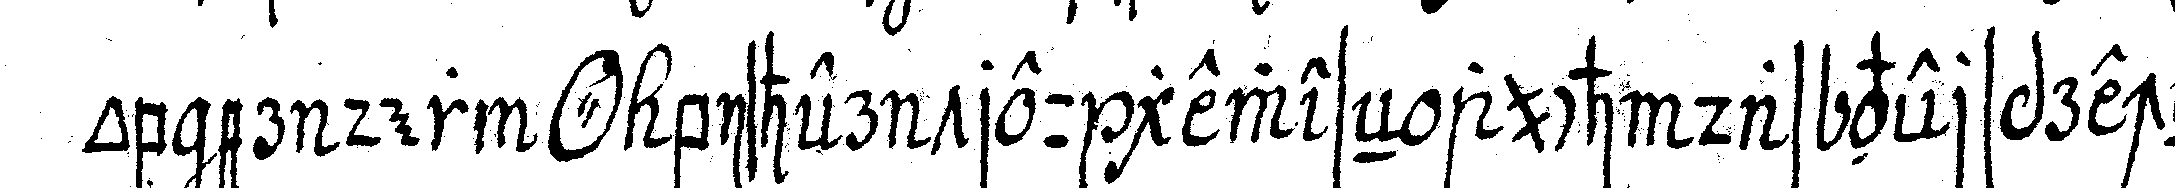
ob er der *o* bisher treugeweseN auch das versprecheN